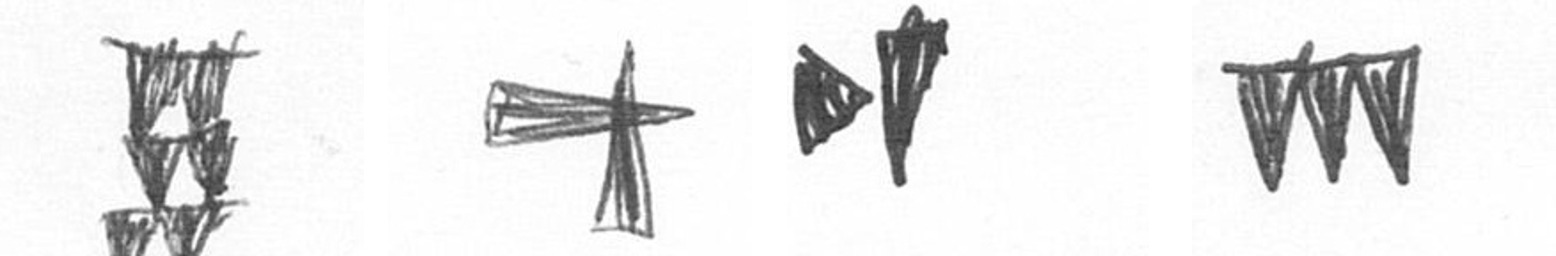
Y G M L